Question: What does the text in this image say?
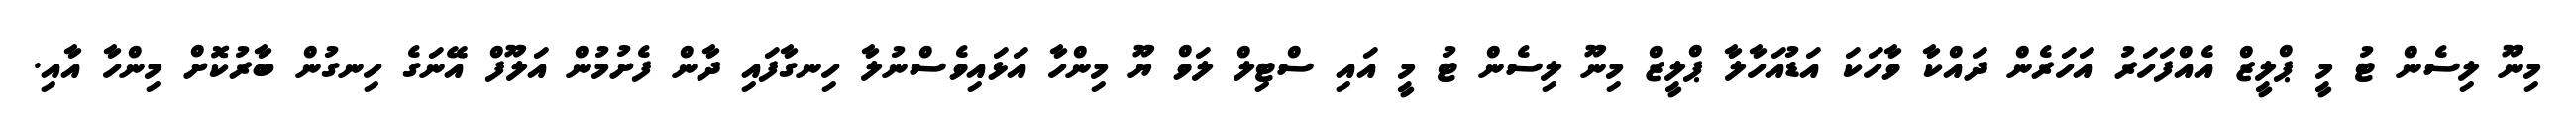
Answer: މިނޫ ލިސެން ޓު މީ ޕްލީޒް އެއްފަހަރު އަހަރެން ދައްކާ ވާހަކަ އަޑުއަހާލާ ޕްލީޒް މިނޫ ލިސެން ޓު މީ އައި ސްޓިލް ލަވް ޔޫ މިންހާ އަޅައިވެސްނުލާ ހިނގާފައި ދާން ފެށުމުން އަލޫފް އޭނަގެ ހިނގުން ބާރުކޮށް މިންހާ އާއި.